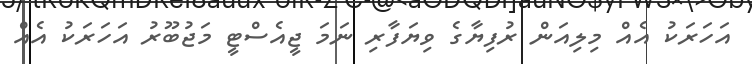
އަހަރަކު އެއް މިލިއަން ރުފިޔާގެ ވިޔަފާރި ނަމަ ޖީއެސްޓީ މަޖުބޫރު އަހަރަކު އެއް